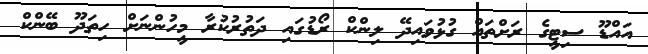
އައްޑޫ ސިޓީގެ ރަށްތައް ގުޅުވައިދޭ ލިންކް ރޯޑުގައި ދަތުރުކުރާ މީހުންނަށް ހިތަދޫ ބޭންކް